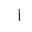
Letter: _alif